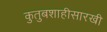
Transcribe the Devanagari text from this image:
कुतुबशाहीसारखी